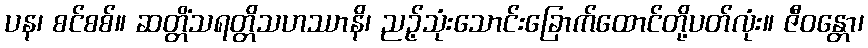
ပန၊ စင်စစ်။ ဆတ္တိံသရတ္တိသဟဿာနိ၊ ညဉ့်သုံးသောင်းခြောက်ထောင်တို့ပတ်လုံး။ ဇီဝန္တော၊